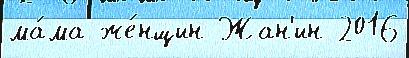
ма́ма же́нщин Жан'ин 2016